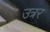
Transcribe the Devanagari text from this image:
उत्रर